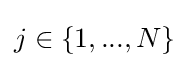
j\in \{1,...,N\}